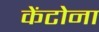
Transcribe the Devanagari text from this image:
केंटोना